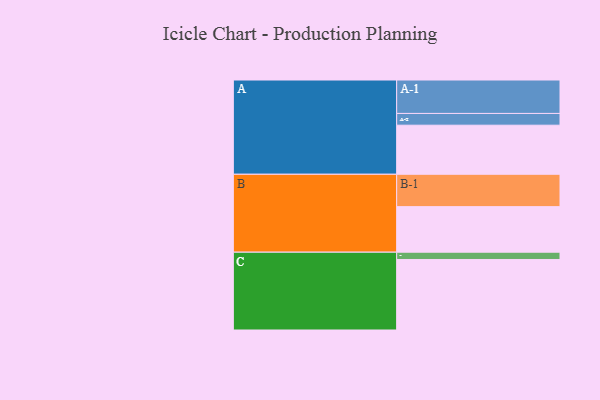
{"axis": {"x": "Segment", "y": "Value"}, "legend": ["", "A", "B", "C"], "data": [{"x": "A", "y": 405, "type": ""}, {"x": "B", "y": 376, "type": ""}, {"x": "C", "y": 582, "type": ""}, {"x": "A-1", "y": 276, "type": "A"}, {"x": "A-2", "y": 97, "type": "A"}, {"x": "B-1", "y": 267, "type": "B"}, {"x": "C-1", "y": 60, "type": "C"}]}